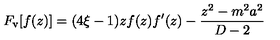
F _ { \mathrm { v } } [ f ( z ) ] = ( 4 \xi - 1 ) z f ( z ) f ^ { \prime } ( z ) - \frac { z ^ { 2 } - m ^ { 2 } a ^ { 2 } } { D - 2 }